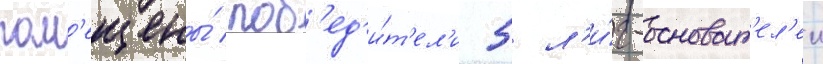
пом'ещены́ поб'ед'и́т'ел'и 5 л'и́г-основат'ел'еи